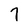
Character: 7